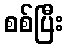
စစ်ပြီး